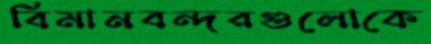
বিমানবন্দরগুলোকে